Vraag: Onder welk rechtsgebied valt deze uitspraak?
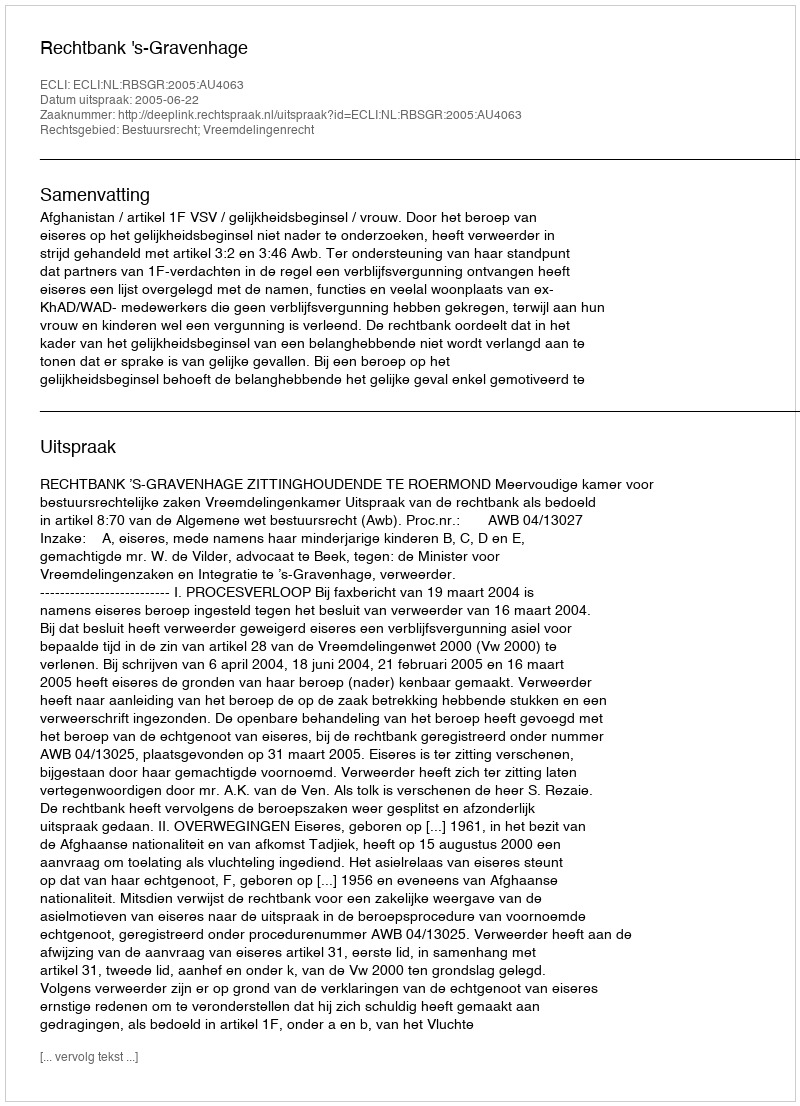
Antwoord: Bestuursrecht; Vreemdelingenrecht